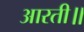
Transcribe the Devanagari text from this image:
आरती॥